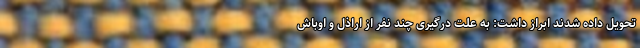
تحویل داده شدند ابراز داشت: به علت درگیری چند نفر از اراذل و اوباش